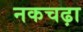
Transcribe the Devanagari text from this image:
नकचढ़ा